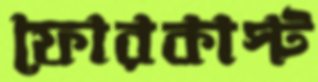
ফোরকাস্ট